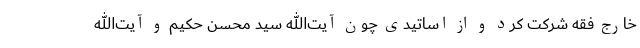
خارج فقه شرکت کرد و از اساتیدی چون آیت‌الله سید محسن حکیم و آیت‌الله